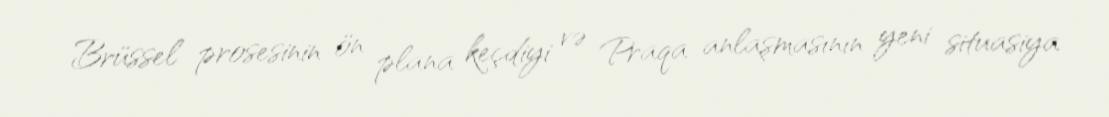
Brüssel prosesinin ön plana keçdiyi və Praqa anlaşmasının yeni situasiya